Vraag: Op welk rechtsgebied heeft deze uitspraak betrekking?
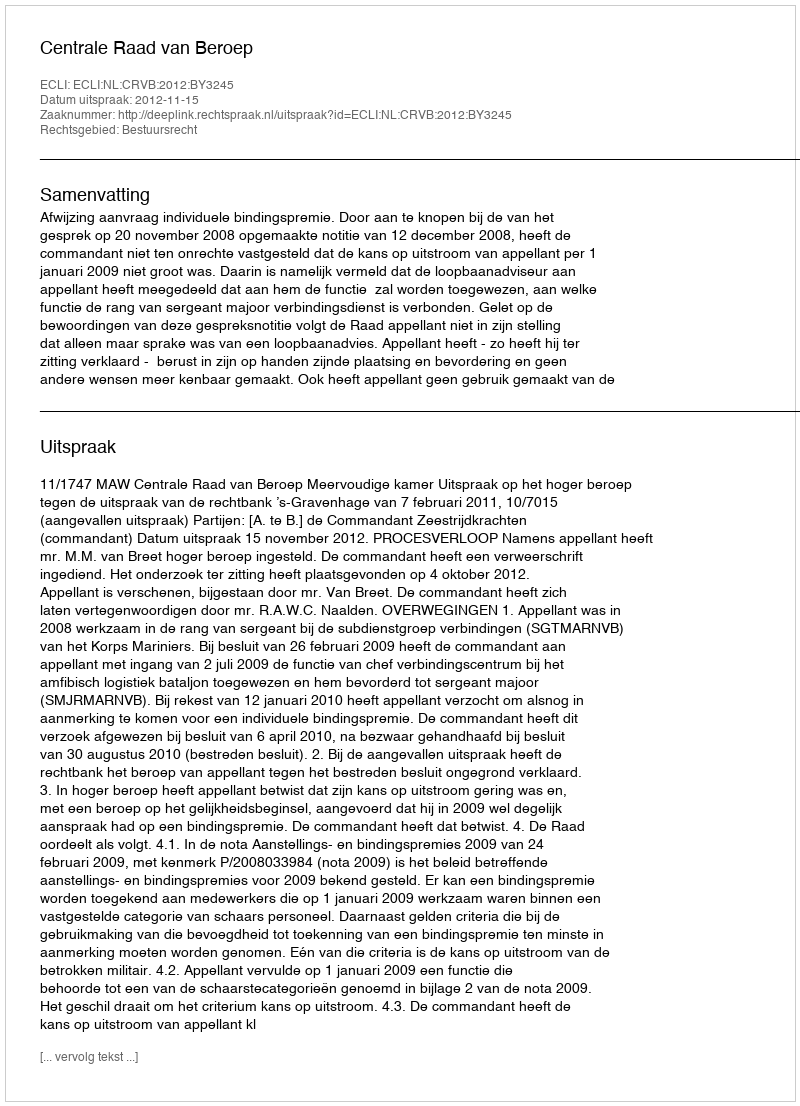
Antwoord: Bestuursrecht